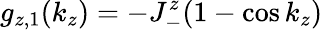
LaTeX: g_{z,1}(k_{z})=-J_{-}^{z}(1-\cos k_{z})